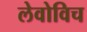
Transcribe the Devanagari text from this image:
लेवोविच